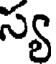
స్య